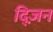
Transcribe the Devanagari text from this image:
द्ज़िन